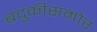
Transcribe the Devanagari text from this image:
बंदुकीसमोर